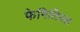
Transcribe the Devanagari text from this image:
फेमिलियल